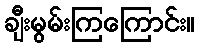
ချီးမွမ်းကြကြောင်း။